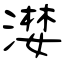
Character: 漤